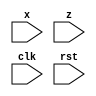
module fsm5(input x , z ,clk , rst);
parameter S0 = 2'b00;
parameter S1 = 2'b01;
parameter S2 = 2'b10;
parameter S3 = 2'b11;
reg [1:0]p,n;

always @(posedge clk or posedge rst)
begin
	if(rst) p = S0;
	else
		begin
			case({p})
				S0 : 
					begin
						if(!x && !z)     n = S0;
						else if(!x && z) n = S1;
						else if(x && !z) n = S2;
						else if(x && z)  n = S3;
					end
				S1 : 
					begin
						if(!x && !z)     n = S0;
						else if(!x && z) n = S1;
						else if(x && !z) n = S2;
						else if(x && z)  n = S3;
					end
				S2 : 
					begin
						if(!x && !z)     n = S0;
						else if(!x && z) n = S1;
						else if(x && !z) n = S2;
						else if(x && z)  n = S3;
					end
				S3 : 
					begin
						if(!x && !z)     n = S0;
						else if(!x && z) n = S1;
						else if(x && !z) n = S2;
						else if(x && z)  n = S3;
					end
			endcase
			p = n;
		end
	end
endmodule